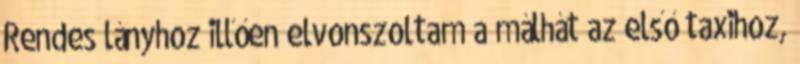
Rendes lányhoz illően elvonszoltam a málhát az első taxihoz,